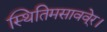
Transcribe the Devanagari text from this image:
स्थितिमसाववे्र।